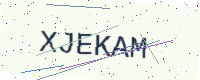
Text: XJEKAM